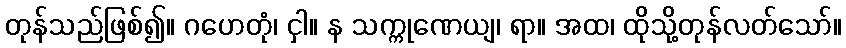
တုန်သည်ဖြစ်၍။ ဂဟေတုံ၊ ငှါ။ န သက္ကုဏေယျ၊ ရာ။ အထ၊ ထိုသို့တုန်လတ်သော်။